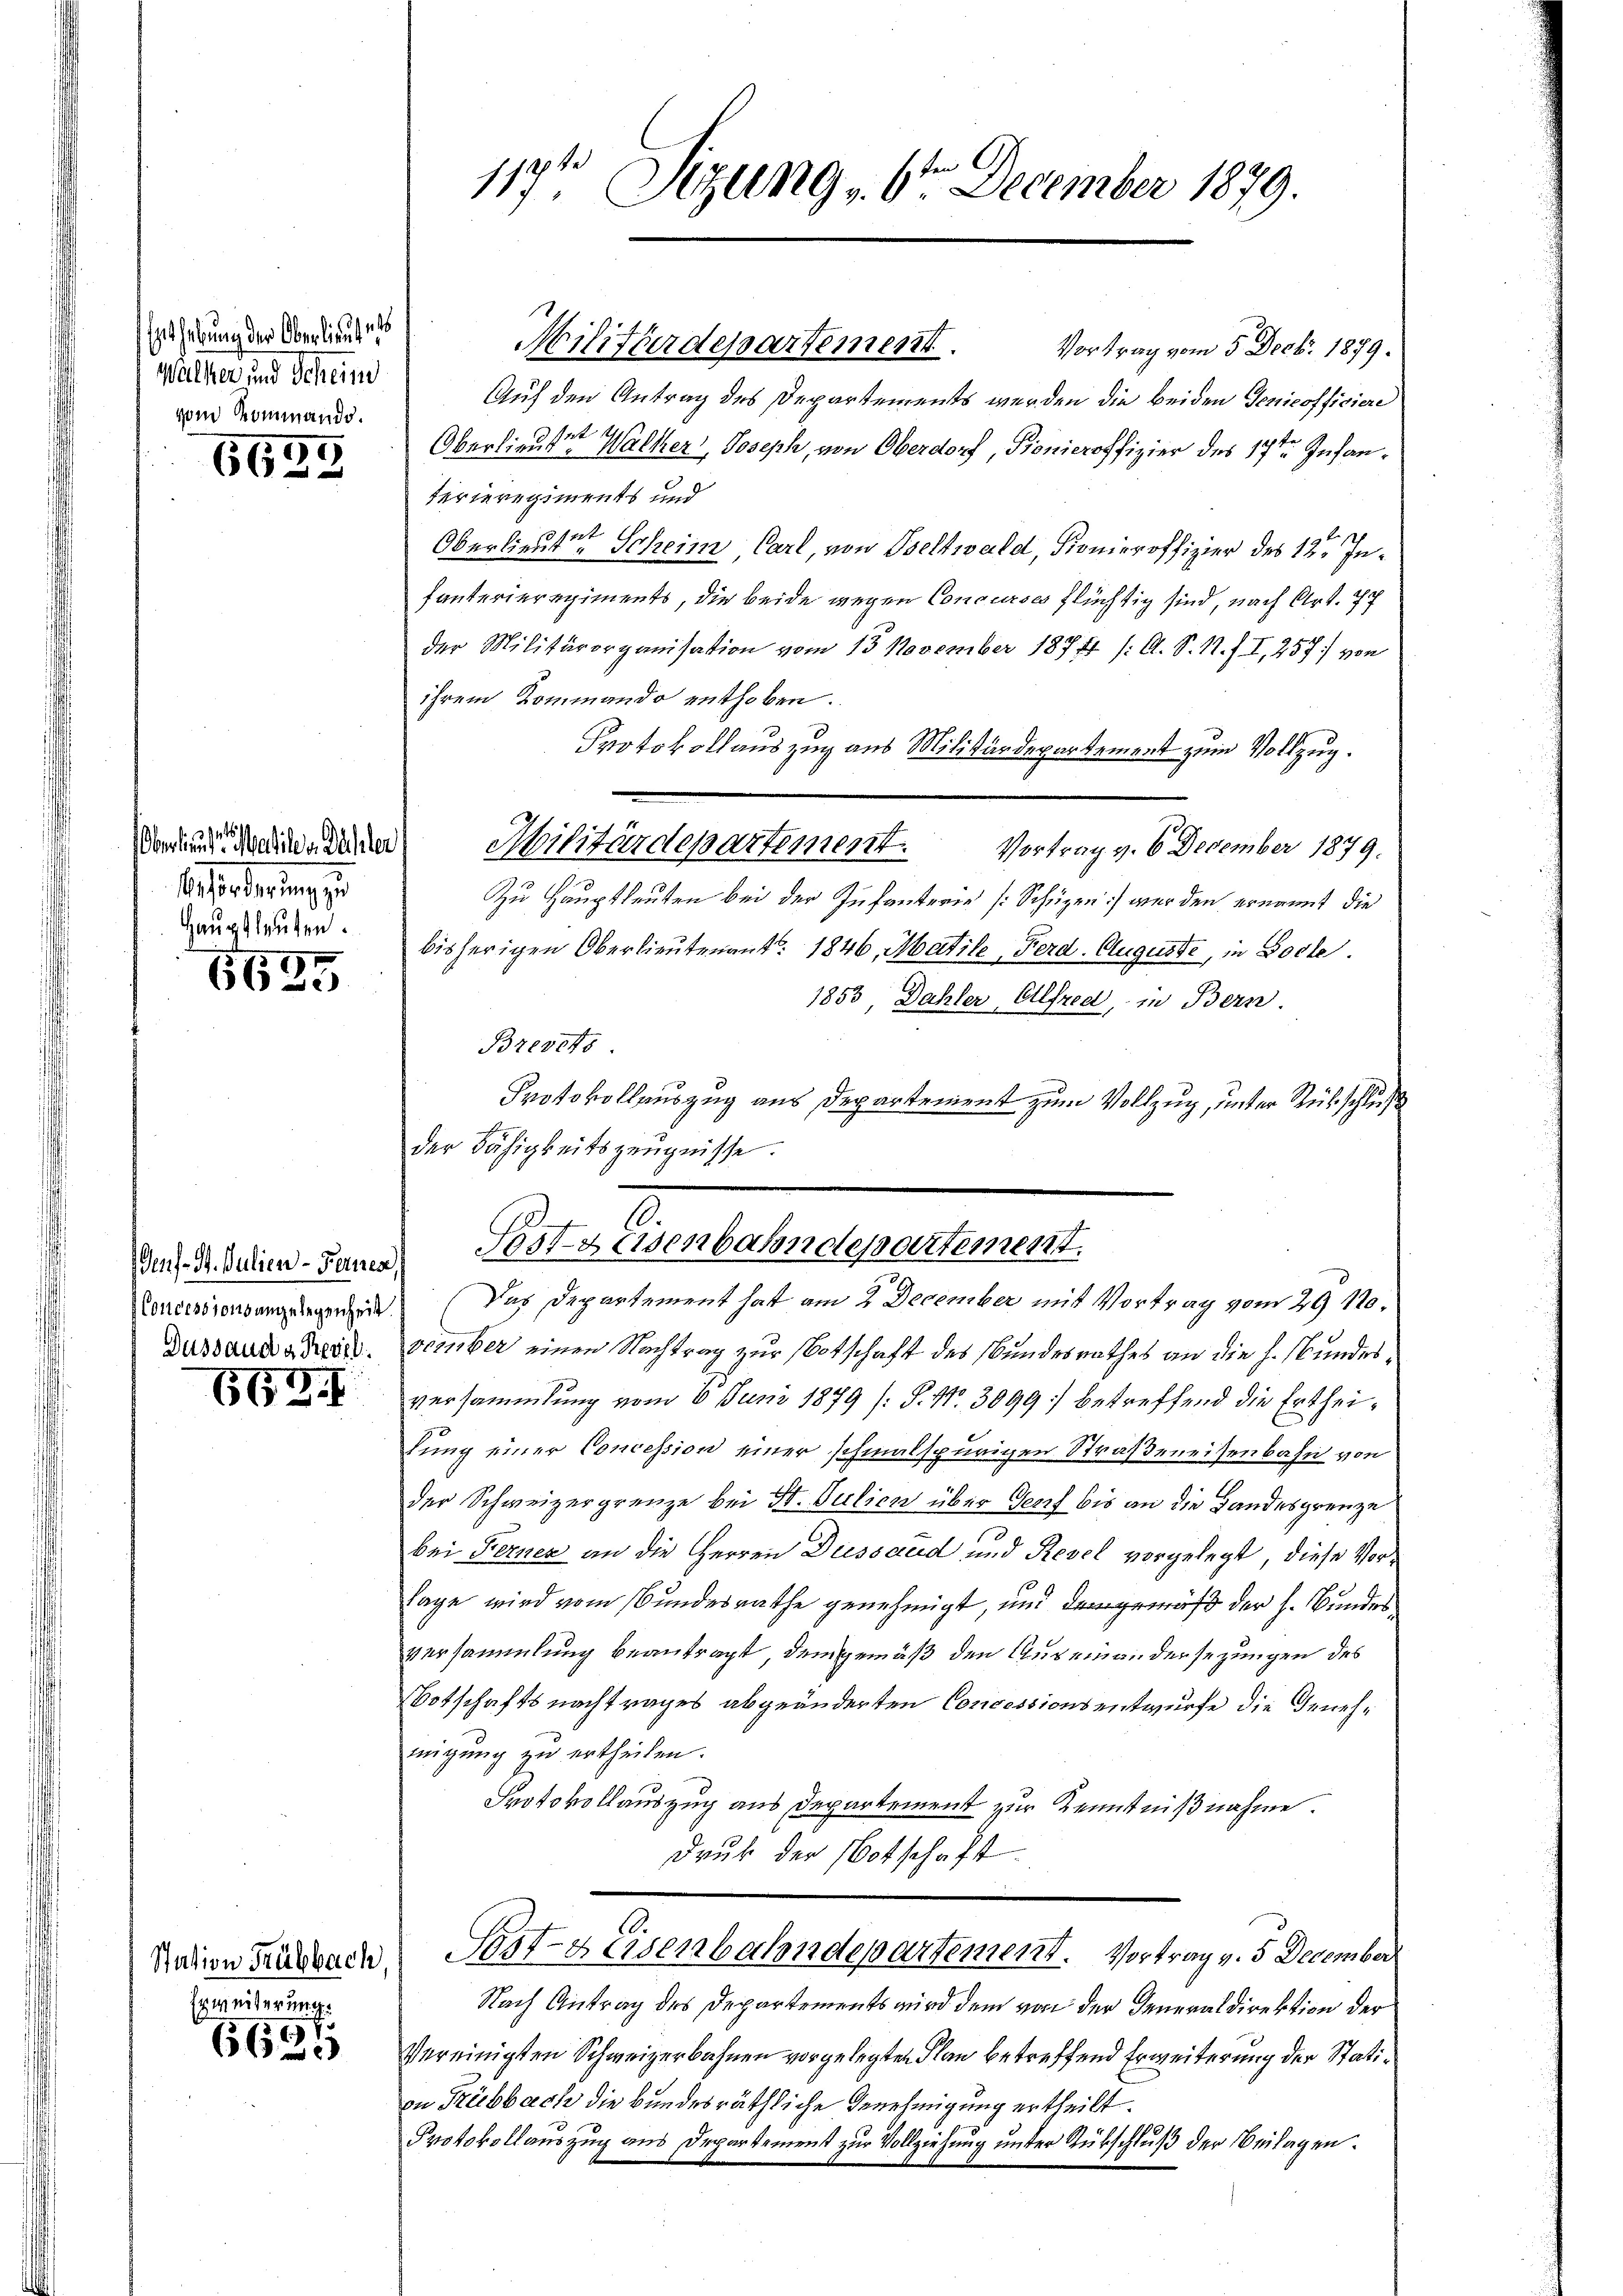
Enthebung der Oberlieute
Walker und Scheine
vom Kommando.

7
662.

4
Oberlieut. Matiles Dähler
 Forderung
Hauptleuten.

6635

Concessionsangelegenheit.
Dussaud g Herzl

662.

Station Frübbach
Erweiterung.

6621

117t Sizung 6 December 1879.

Militärdepartement.
Vortrag vom 5. Decb. 1879.
Auf den Antrag des Departements werden die beiden Genicofficiere
Oberlieute Walker, Joseph, von Oberdorf, Pionieroffizier des 17ten Infanterieregiments und
Oberlieute Scheim Carl, von Tselwald, Stonieroffizier des 12. Infanterieregiments, die beide wegen Concurses flüchtig sind, nach Art. 77
der Militärorganisation vom 13. November 1877 /: A. S. 1. f. I, 257) von
ihrem Kommando enthoben.
Protokollauszug aus Militärdepartement zum Vollzug.
Militärdepartement. Vortrag v. 6. December 1879.
Zu Hauptleuten bei der Infanterie [Schüzen) werden ernannt, die
bisherigen Oberlieutenant. 1846, Matile, Ferd. Auguste, in Bocke.
1853 Dahler, Elfred, in Bern
Brevets
Protokollauszug aus Departement zum Vollzug, unter Rückschluß
der Fähigkeitszeugnisse.
vember einen Nachtrag zur Botschaft des Bundesrathes an die h. Bundesversammlung vom 6. Juni 1879 (S. Nr. 3099 betreffend die Ertheitung einer Concession einer schmalspurigen Straßeneisenbahn von
der Schweizergrenze bei St. Julien über Genf bis an die Landesgrenze
bei Ferner an die Herren Diessaud und Revel vorgelegt, diese Vor¬
Tage wird vom Bundesrathe genehmigt, und demgemäß der h. Bunder
versammlung beantragt, demgemäß den Auseinandersezungen des
Botschaftsnachtrages abgeänderten Concessionsentwurfe die Genehmigung zu ertheilen.
Protokollauszug aus Departement zur Kenntnißnahme.
Druk der Botschaft.
Post- & Eisenbahndepartement. Vortrag v. 5 December
Nach Antrag des Departements wird dem von der Generaldirektion der
Vereinigten Schweizerbahnen vorgelegten Plan betreffend Erweiterung der Station Trübbach die bundesräthliche Genehmigung ertheilt.
Protokollauszug aus Departement zur Vollziehung unter Rückschluß der Beilagen.

an Dr. Seien - Dann Jostz Eisenbahndepartement.
Das Departement hat am 2. December mit Vortrag vom 29. No¬